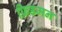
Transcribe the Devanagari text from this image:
फ्रिडमन